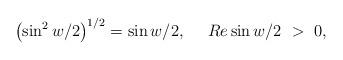
LaTeX: \begin{align*}\left(\sin^2w/2\right)^{1/2}=\sin w/2,~~~~Re\sin w/2~>~0,\end{align*}